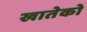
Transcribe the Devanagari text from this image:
खातेको